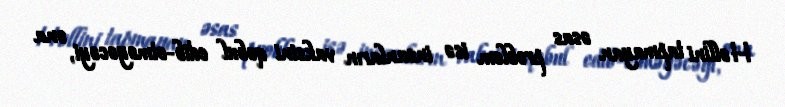
Həllini tapmayan əsas problem isə insanların vaksini qəbul edib-etməyəcəyi, ona